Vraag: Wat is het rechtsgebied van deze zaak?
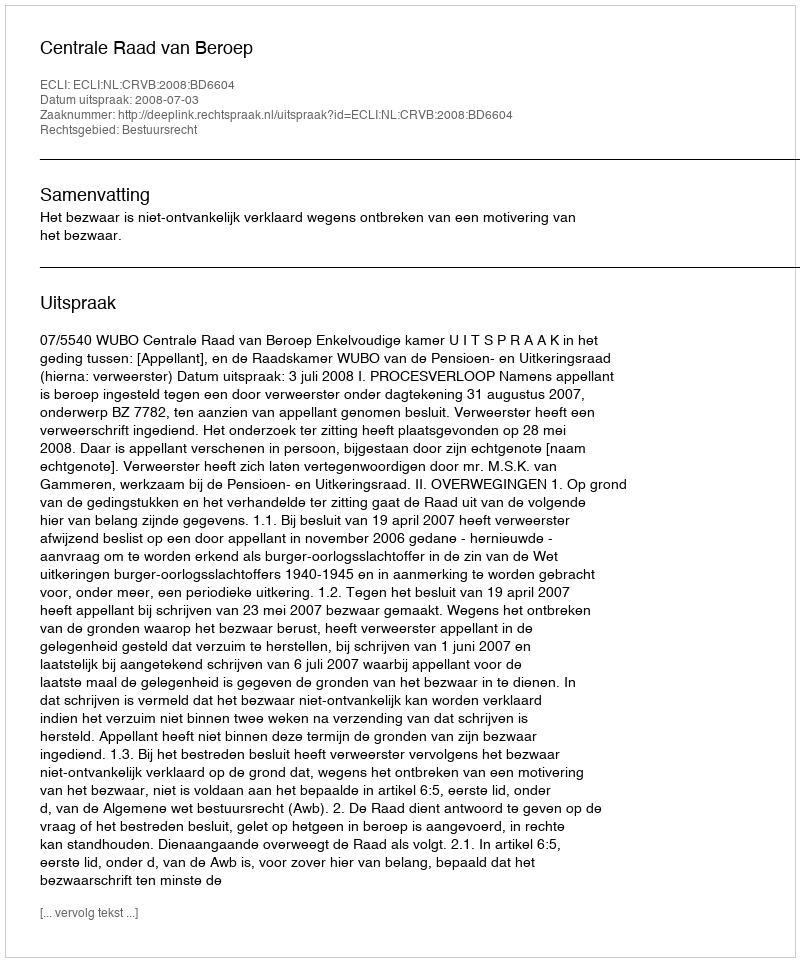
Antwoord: Bestuursrecht